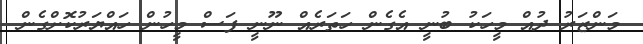
މަންޒަރު ދުއް މީހަކު ބުނީ އެގެން ހަތަރެއް ނޫނީ ފަސް މީހުން ހައްޔަރުކޮށްގެން